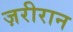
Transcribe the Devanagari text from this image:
ज़रीरान